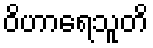
ဝိဟာရေသူတိ